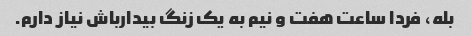
بله، فردا ساعت هفت و نیم به یک زنگ بیدارباش نیاز دارم.